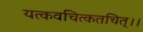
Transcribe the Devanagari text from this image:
यत्कवचित्कतचित्।।